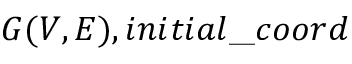
G ( V , E ) , i n i t i a l \textunderscore c o o r d